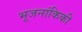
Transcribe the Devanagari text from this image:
भूजनांकिकी